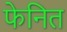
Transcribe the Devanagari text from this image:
फेनित